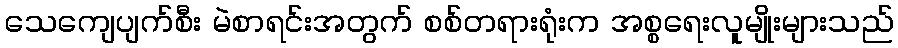
သေကျေပျက်စီး မဲစာရင်းအတွက် စစ်တရားရုံးက အစ္စရေးလူမျိုးများသည်